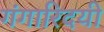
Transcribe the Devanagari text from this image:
गंगारिदयी